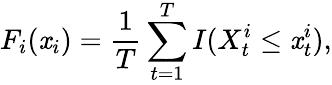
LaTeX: F_{i}(\mathit{x}_{i})=\frac{{1}}{{T}}\sum_{t=1}^{T}{I(X_{t}^{i}\leq\mathit{x}_{t}^{i})},